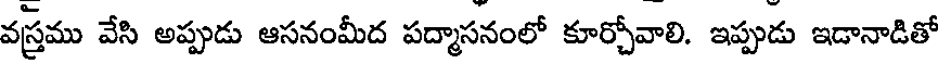
వస్త్రము వేసి అప్పుడు ఆసనంమీద పద్మాసనంలో కూర్చోవాలి. ఇప్పుడు ఇడానాడితో